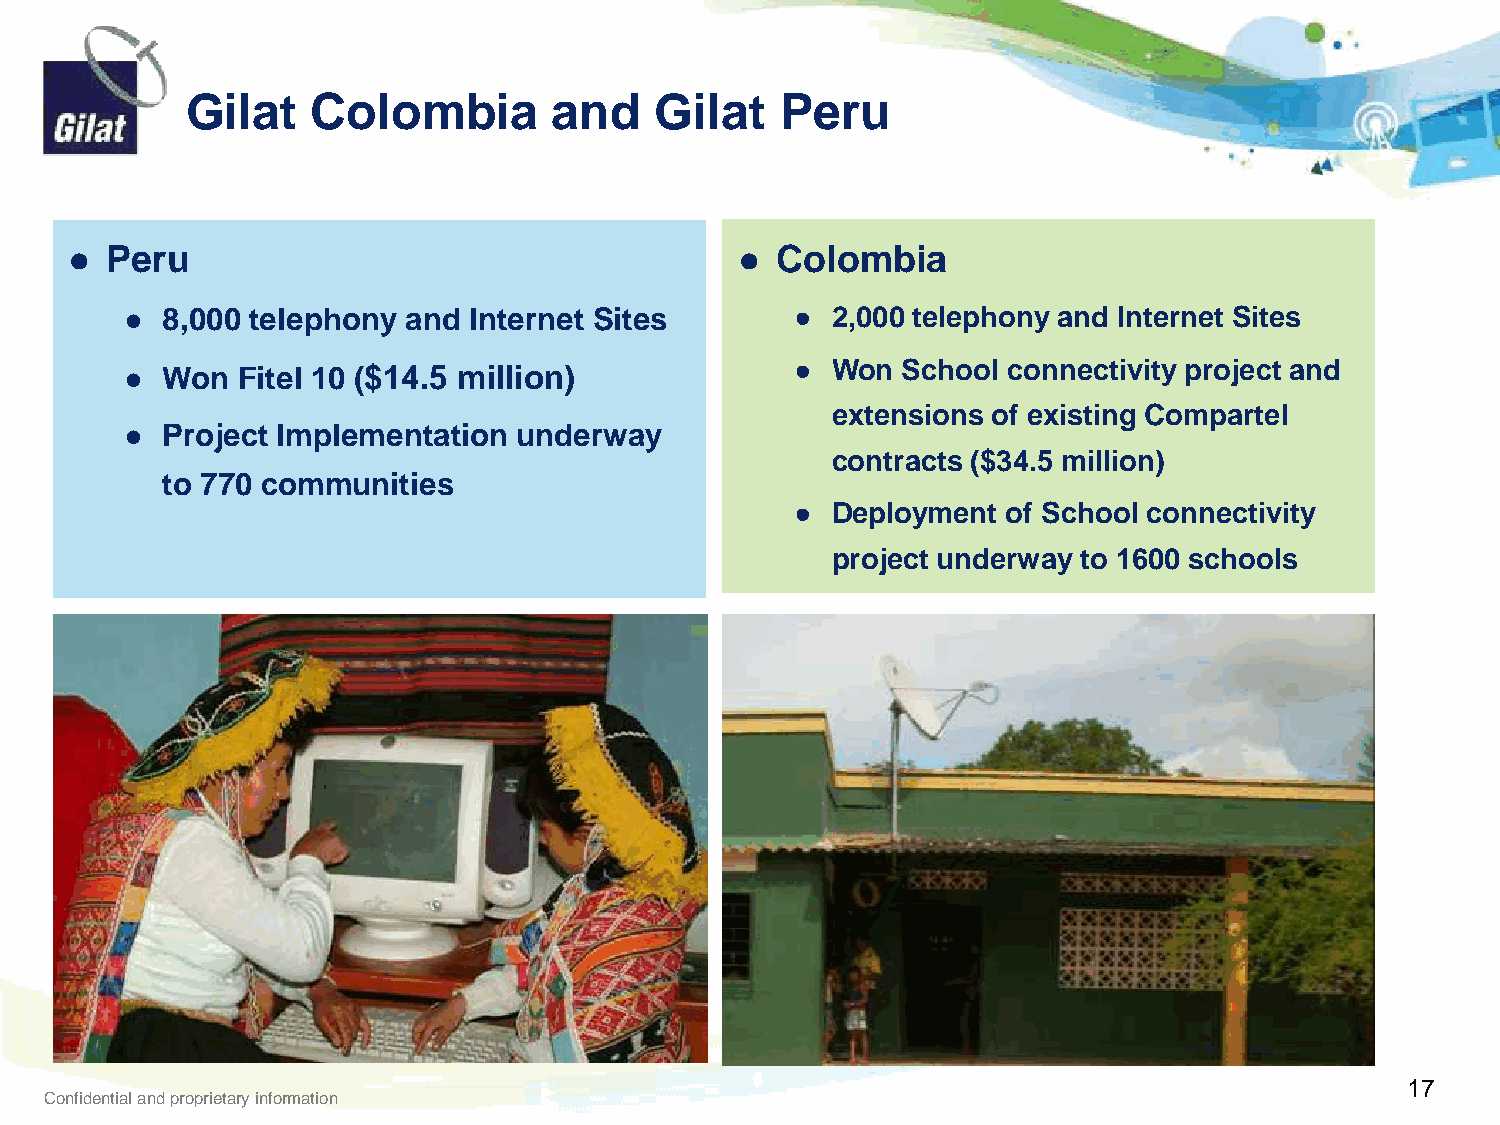
Gilat    Colombia        and   Gilat    Peru
 ● Peru                                      ● Colombia
 ●  8,000 telephony and Internet Sites        ● 2,000 telephony and Internet Sites
 ● Won  School connectivity project and
 ●  Won  Fitel 10 ($14.5 million)
 extensions of existing Compartel
 ●  Project Implementation underway
 contracts ($34.5 million)
 to 770 communities
 ● Deployment  of School connectivity
 project underway to 1600 schools
 PPaannaammaa
 17
 Confidential and proprietary information